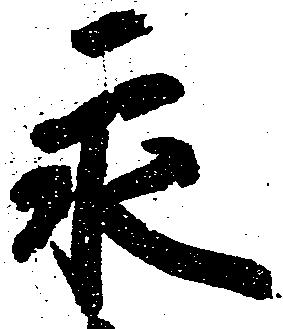
永